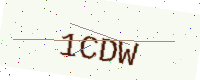
Text: 1CDW